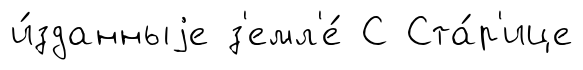
и́зданныjе з'емл'е́ С Ста́р'ице